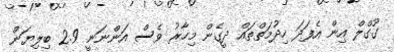
ގޫގްލް އިން އެފަދަ ހިދުމަތްތައް ދީގެން މިހާރު ވެސް އަންނަނީ 2.9 ބިލިޔަން